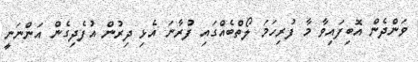
ވަންދެން އޮބިފައިވާ މާ ފުރިހަމަ ލޯތްބެއްގައި ފުރާނަ އެޅި ދިރުން އުފެދިގެން އަންނަނީ